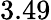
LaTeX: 3.49